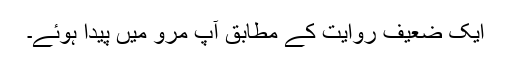
ایک ضعیف روایت کے مطابق آپ مرو میں پیدا ہوئے۔